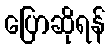
ပြောဆိုရန်